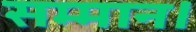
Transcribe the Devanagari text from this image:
सम्‍मान।